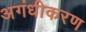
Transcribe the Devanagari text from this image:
अगंधीकरण